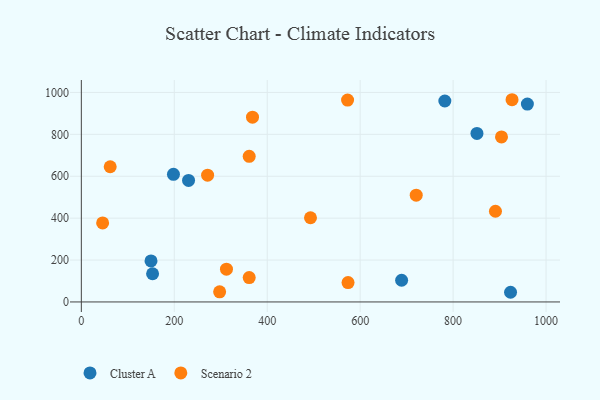
{"axis": {"x": "Study Hours", "y": "Salary"}, "legend": ["Cluster A", "Scenario 2"], "data": [{"x": "149.9", "y": 195.9, "type": "Cluster A"}, {"x": "782.2", "y": 959.1, "type": "Cluster A"}, {"x": "923.6", "y": 46.2, "type": "Cluster A"}, {"x": "198.2", "y": 609.2, "type": "Cluster A"}, {"x": "851.3", "y": 804.3, "type": "Cluster A"}, {"x": "689.2", "y": 103.6, "type": "Cluster A"}, {"x": "230.7", "y": 579.8, "type": "Cluster A"}, {"x": "959.8", "y": 944.6, "type": "Cluster A"}, {"x": "153.3", "y": 134.6, "type": "Cluster A"}, {"x": "361.2", "y": 695.2, "type": "Scenario 2"}, {"x": "493.1", "y": 401.8, "type": "Scenario 2"}, {"x": "573.9", "y": 92.6, "type": "Scenario 2"}, {"x": "271.7", "y": 605.3, "type": "Scenario 2"}, {"x": "297.6", "y": 48.2, "type": "Scenario 2"}, {"x": "891.1", "y": 432.9, "type": "Scenario 2"}, {"x": "926.8", "y": 965.2, "type": "Scenario 2"}, {"x": "312.3", "y": 156.6, "type": "Scenario 2"}, {"x": "45.8", "y": 377.3, "type": "Scenario 2"}, {"x": "62.1", "y": 645.3, "type": "Scenario 2"}, {"x": "368.3", "y": 882.0, "type": "Scenario 2"}, {"x": "720.6", "y": 509.4, "type": "Scenario 2"}, {"x": "572.9", "y": 963.3, "type": "Scenario 2"}, {"x": "904.1", "y": 787.6, "type": "Scenario 2"}, {"x": "361.2", "y": 116.2, "type": "Scenario 2"}]}